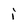
Character: i